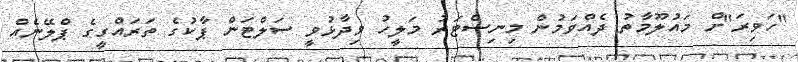
"ހަވިރަ"ށް މައުލޫމާތު ދެއްވަމުން މިނިސްޓަރު މަލީހު ވިދާޅުވީ ސަލްޓަން ޕާކުގެ ތަރައްގީގެ ޕްލޭނެއް